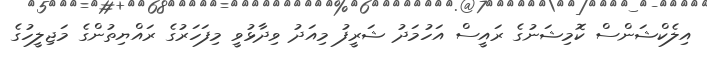
އިލެކްޝަންސް ކޮމިޝަނުގެ ރައީސް އަހުމަދު ޝަރީފު މިއަދު ވިދާޅުވީ މިފަހަރުގެ ރައްޔިތުންގެ މަޖިލީހުގެ